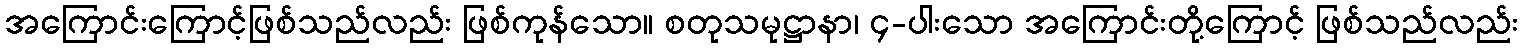
အကြောင်းကြောင့်ဖြစ်သည်လည်း ဖြစ်ကုန်သော။ စတုသမုဋ္ဌာနာ၊ ၄-ပါးသော အကြောင်းတို့ကြောင့် ဖြစ်သည်လည်း